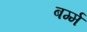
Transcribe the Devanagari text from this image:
बर्म्म